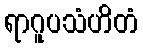
ရာဂူပသံဟိတံ